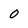
Character: O